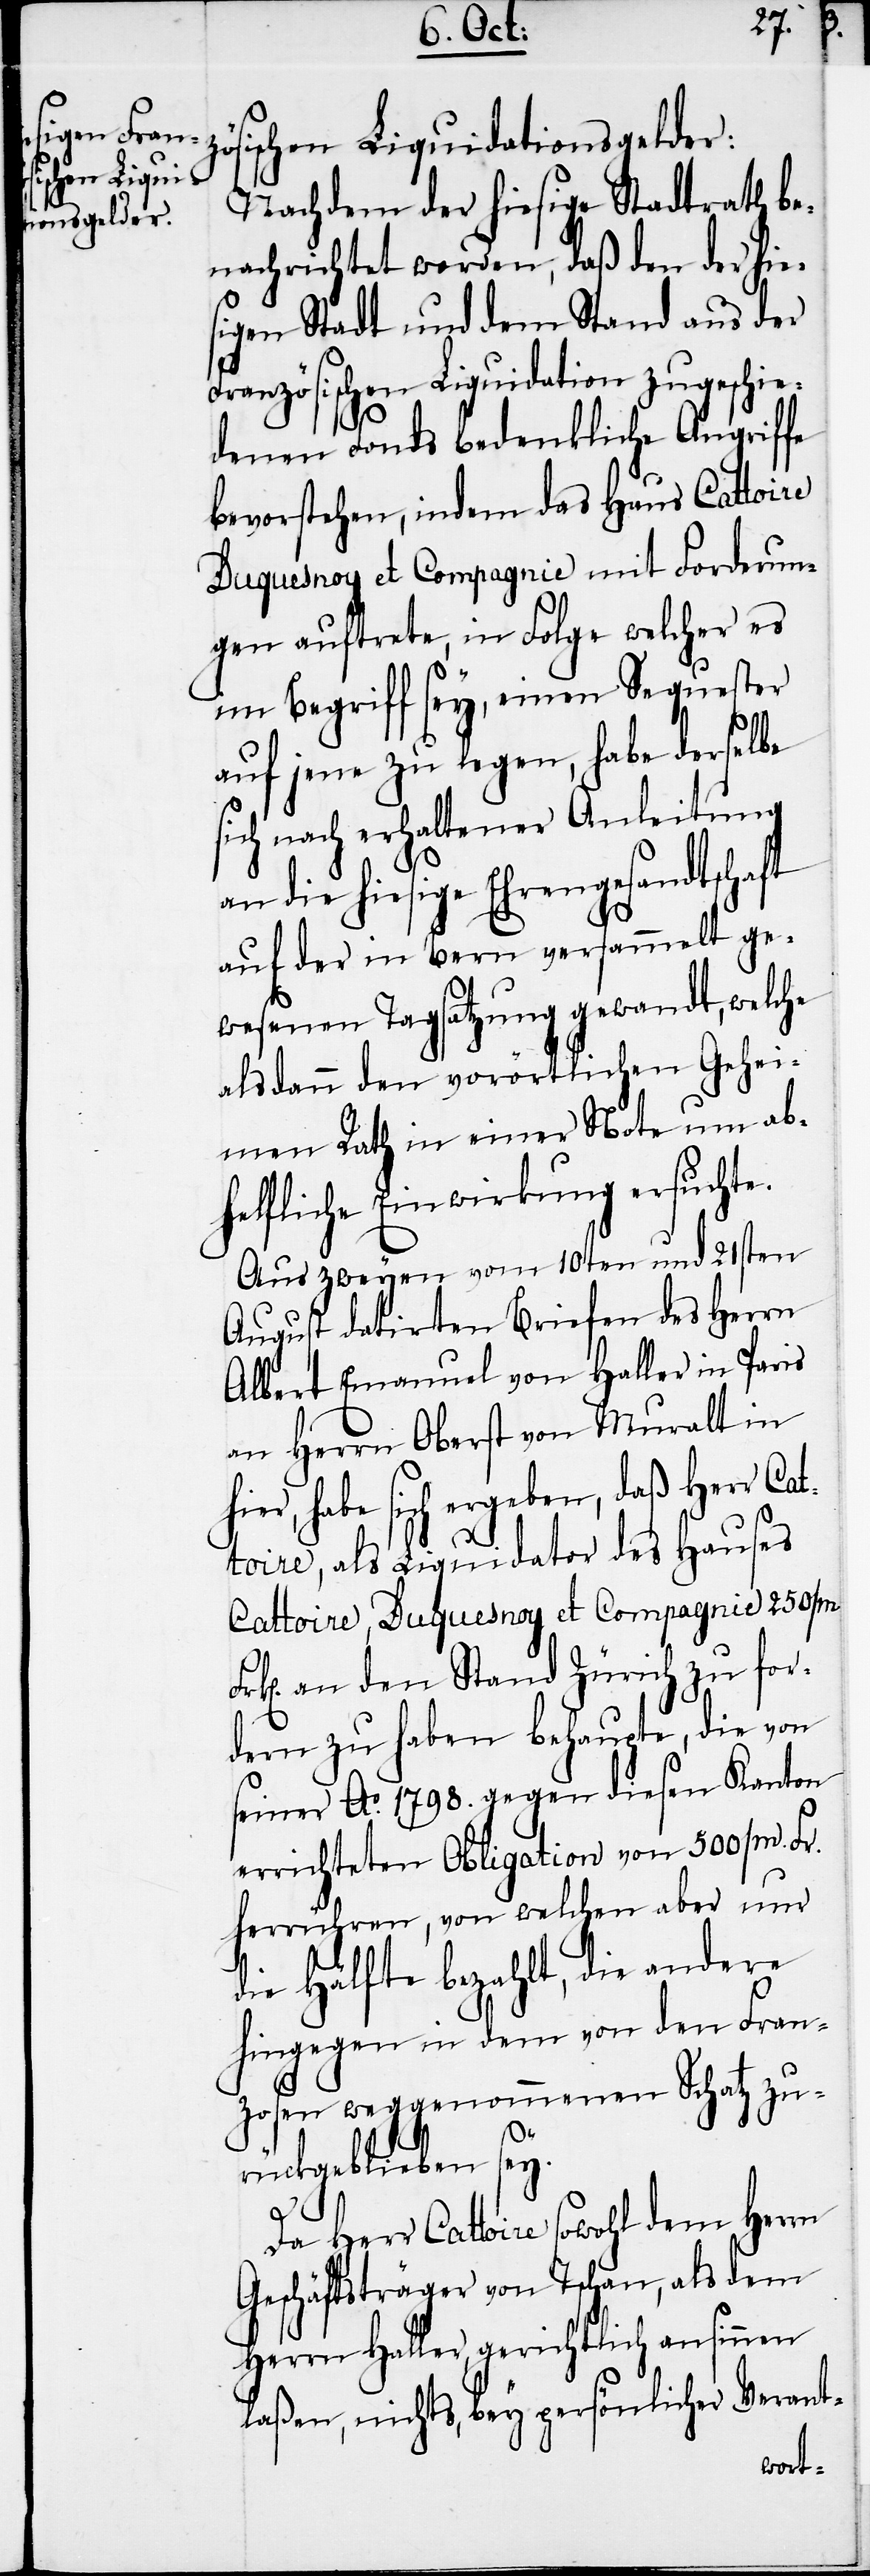
sischen Liquidationsgelder:
Nachdem der hiesige Stadtrath be¬
nachrichtet worden, daß den der hie¬
sigen Stadt und dem Stand aus der
Französischen Liquidation zugeschie¬
denen Fonds bedenkliche Angriffe
bevorstehen, indem das Haus Cattoire
Duquesnoy et Compagnie mit Forderun¬
gen auftrete, in Folge welcher es
im Begriff sey, einen Sequester
auf jene zu legen, habe derselbe
sich nach erhaltener Anleitung
an die hiesige Ehrengesandtschaft
auf der in Bern versammelt ge¬
wesenen Tagsatzung gewandt, welche
alsdann den vorörtlichen Gehei¬
men Rath in einer Note um ab¬
helfliche Einwirkung ersuchte.
Aus zweyen vom 10ten und 21sten
August datirten Briefen des Herrn
Albert Emanuel von Haller in Paris
an Herrn Oberst von Muralt in
hier, habe sich ergeben, daß Herr Ca¬
ttoire, als Liquidator des Hauses
Cattoire, Duquesnoy et Compagnie 250000
an den Stand Zürich zu for¬
dern zu haben behaupte, die von
seiner Ao. 1798. gegen diesen Kanton
errichteten Obligation von 500000. Fr.
herrühren, von welchen aber nur
die Hälfte bezahlt, die andere
hingegen in dem von den Fran¬
zosen weggenommenen Schatz zu¬
rückgeblieben sey.
zö¬
Da Herr Cattoire sowohl dem Herrn
Geschäftsträger von Tschan, als dem
Herrn Haller, gerichtlich ansinnen
laßen, nichts, bey persönlicher Verant-